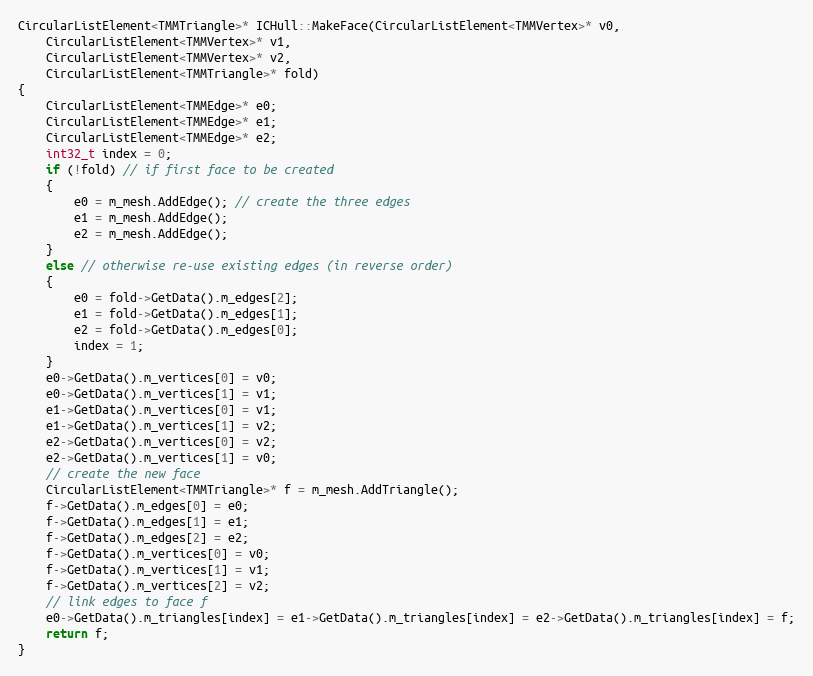
Language: C++
CircularListElement<TMMTriangle>* ICHull::MakeFace(CircularListElement<TMMVertex>* v0,
    CircularListElement<TMMVertex>* v1,
    CircularListElement<TMMVertex>* v2,
    CircularListElement<TMMTriangle>* fold)
{
    CircularListElement<TMMEdge>* e0;
    CircularListElement<TMMEdge>* e1;
    CircularListElement<TMMEdge>* e2;
    int32_t index = 0;
    if (!fold) // if first face to be created
    {
        e0 = m_mesh.AddEdge(); // create the three edges
        e1 = m_mesh.AddEdge();
        e2 = m_mesh.AddEdge();
    }
    else // otherwise re-use existing edges (in reverse order)
    {
        e0 = fold->GetData().m_edges[2];
        e1 = fold->GetData().m_edges[1];
        e2 = fold->GetData().m_edges[0];
        index = 1;
    }
    e0->GetData().m_vertices[0] = v0;
    e0->GetData().m_vertices[1] = v1;
    e1->GetData().m_vertices[0] = v1;
    e1->GetData().m_vertices[1] = v2;
    e2->GetData().m_vertices[0] = v2;
    e2->GetData().m_vertices[1] = v0;
    // create the new face
    CircularListElement<TMMTriangle>* f = m_mesh.AddTriangle();
    f->GetData().m_edges[0] = e0;
    f->GetData().m_edges[1] = e1;
    f->GetData().m_edges[2] = e2;
    f->GetData().m_vertices[0] = v0;
    f->GetData().m_vertices[1] = v1;
    f->GetData().m_vertices[2] = v2;
    // link edges to face f
    e0->GetData().m_triangles[index] = e1->GetData().m_triangles[index] = e2->GetData().m_triangles[index] = f;
    return f;
}